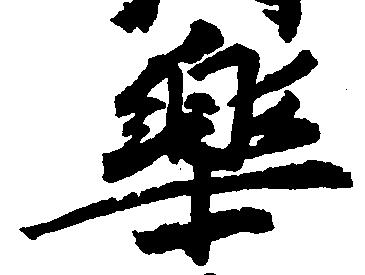
楽